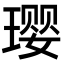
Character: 璎